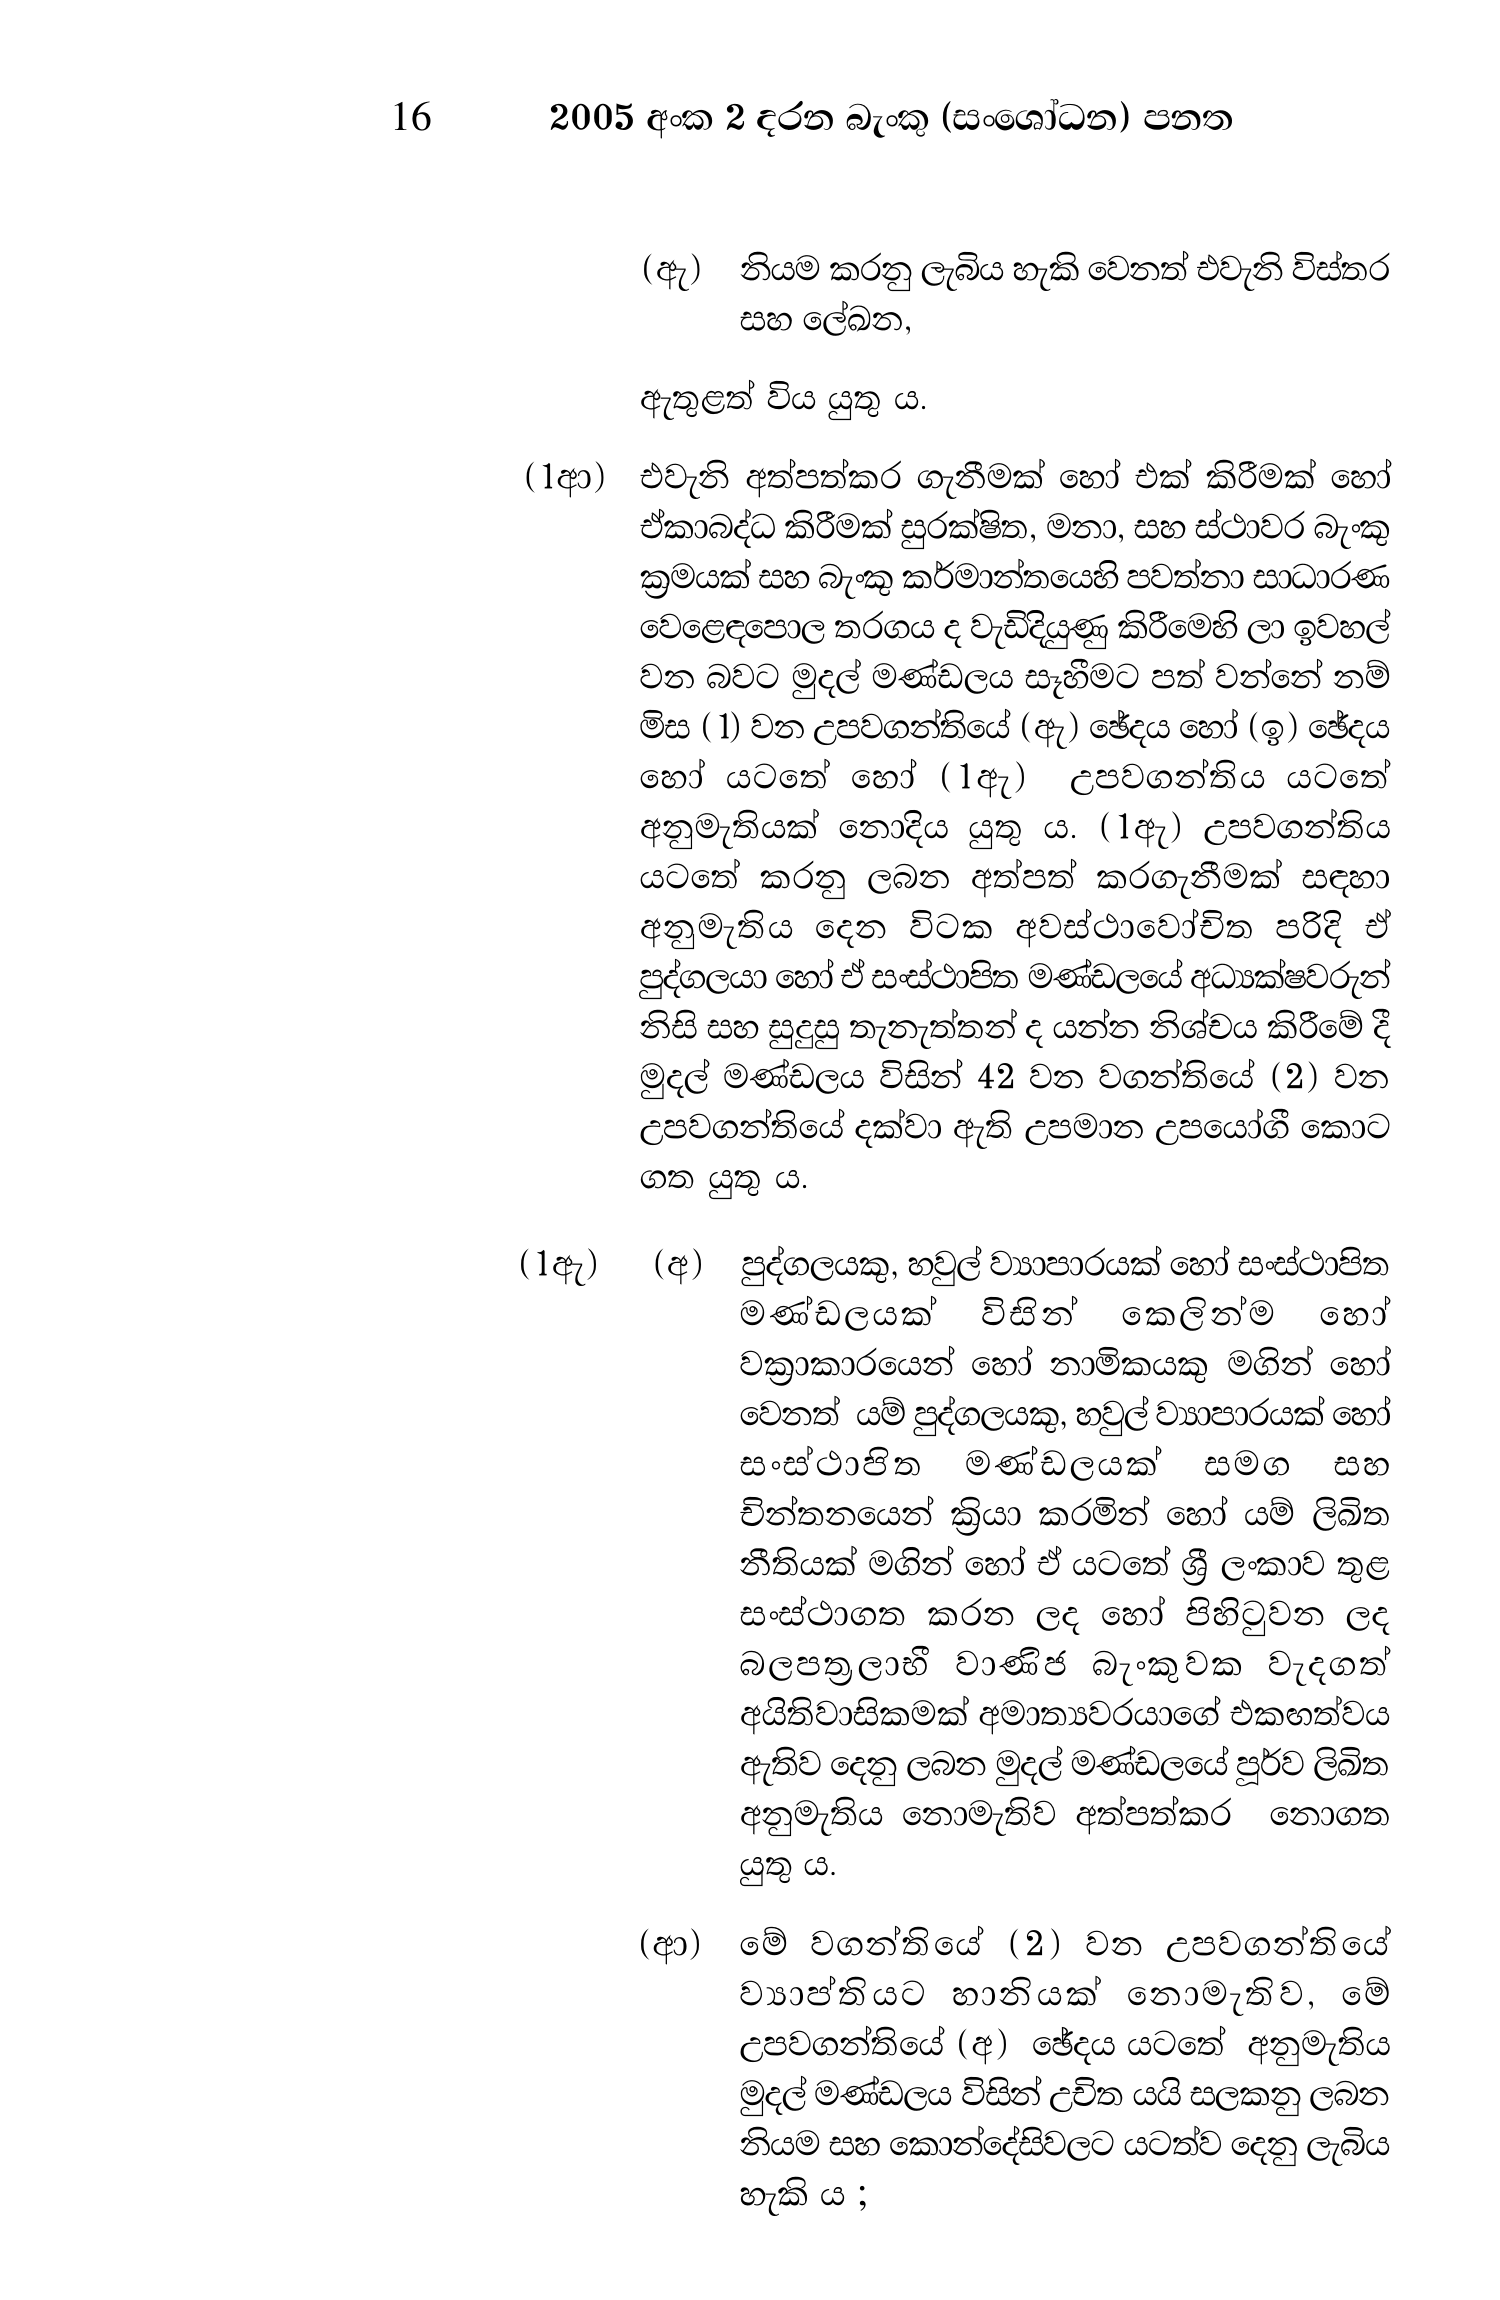
16 2005 අංක 2 දරන බැංකු (සංශෝධන) පනත

(ඇ) නියම කරනු ලැබිය හැකි වෙනත් එවැනි විස්තර
සහ ලේඛන,

ඇතුළත් විය යුතු ය.

(1ආ) එවැනි අත්පත්කර ගැනීමක් හෝ එක් කිරීමක් හෝ
ඒකාබද්ධ කිරීමක් සුරක්ෂිත, මනා, සහ ස්ථාවර බැංකු
ක්‍රමයක් සහ බැංකු කර්මාන්තයෙහි පවත්නා සාධාරණ
වෙළෙඳපොල තරගය ද වැඩිදියුණු කිරීමෙහි ලා ඉවහල්
වන බවට මුදල් මණ්ඩලය සෑහීමට පත් වන්නේ නම්
මිස (1) වන උපවගන්තියේ (ඇ) ඡේදය හෝ (ඉ) ඡේදය
හෝ යටතේ හෝ (1ඇ) උපවගන්තිය යටතේ
අනුමැතියක් නොදිය යුතු ය. (1ඇ) උපවගන්තිය
යටතේ කරනු ලබන අත්පත් කරගැනීමක් සඳහා
අනුමැතිය දෙන විටක අවස්ථාවෝචිත පරිදි ඒ
පුද්ගලයා හෝ ඒ සංස්ථාපිත මණ්ඩලයේ අධ්‍යක්ෂවරුන්
නිසි සහ සුදුසු තැනැත්තන් ද යන්න නිශ්චය කිරීමේ දී
මුදල් මණ්ඩලය විසින් 42 වන වගන්තියේ (2) වන
උපවගන්තියේ දක්වා ඇති උපමාන උපයෝගී කොට
ගත යුතු ය.

(1ඇ) (අ) පුද්ගලයකු, හවුල් ව්‍යාපාරයක් හෝ සංස්ථාපිත
මණ්ඩලයක් විසින් කෙලින්ම හෝ
වක්‍රාකාරයෙන් හෝ නාමිකයකු මගින් හෝ
වෙනත් යම් පුද්ගලයකු, හවුල් ව්‍යාපාරයක් හෝ
සංස්ථාපිත මණ්ඩලයක් සමග සහ
චින්තනයෙන් ක්‍රියා කරමින් හෝ යම් ලිඛිත
නීතියක් මගින් හෝ ඒ යටතේ ශ්‍රී ලංකාව තුළ
සංස්ථාගත කරන ලද හෝ පිහිටුවන ලද
බලපත්‍රලාභී වාණීජ බැංකුවක වැදගත්
අයිතිවාසිකමක් අමාත්‍යවරයාගේ එකඟත්වය
ඇතිව දෙනු ලබන මුදල් මණ්ඩලයේ පූර්ව ලිඛිත
අනුමැතිය නොමැතිව අත්පත්කර නොගත
යුතු ය.

(ආ) මේ වගන්තියේ (2) වන උපවගන්තියේ
ව්‍යාප්තියට හානියක් නොමැතිව, මේ
උපවගන්තියේ (අ) ඡේදය යටතේ අනුමැතිය
මුදල් මණ්ඩලය විසින් උචිත යයි සලකනු ලබන
නියම සහ කොන්දේසිවලට යටත්ව දෙනු ලැබිය
හැකි ය ;